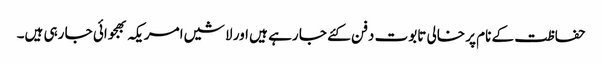
حفاظت کے نام پر خالی تابوت دفن کئے جا رہے ہیں اور لاشیں امریکہ بھجوائی جا رہی ہیں۔